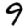
Digit: 9